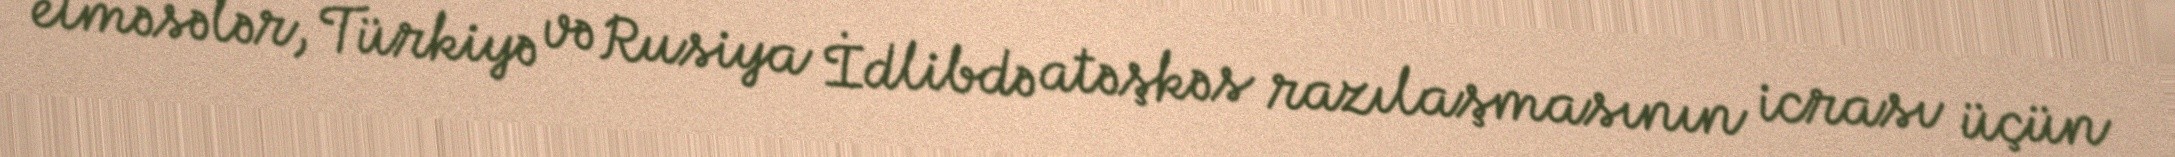
etməsələr, Türkiyə və Rusiya İdlibdə atəşkəs razılaşmasının icrası üçün